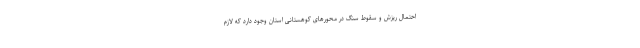
احتمال ریزش و سقوط سنگ در محورهای کوهستانی استان وجود دارد که لازم